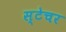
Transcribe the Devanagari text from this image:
स्टेचर